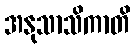
အနုသာသိကာတိ